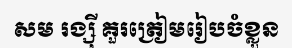
សម រង្ស៊ី គួរត្រៀមរៀបចំខ្លួន